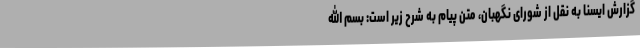
گزارش ایسنا به نقل از شورای نگهبان، متن پیام به شرح زیر است: بسم الله